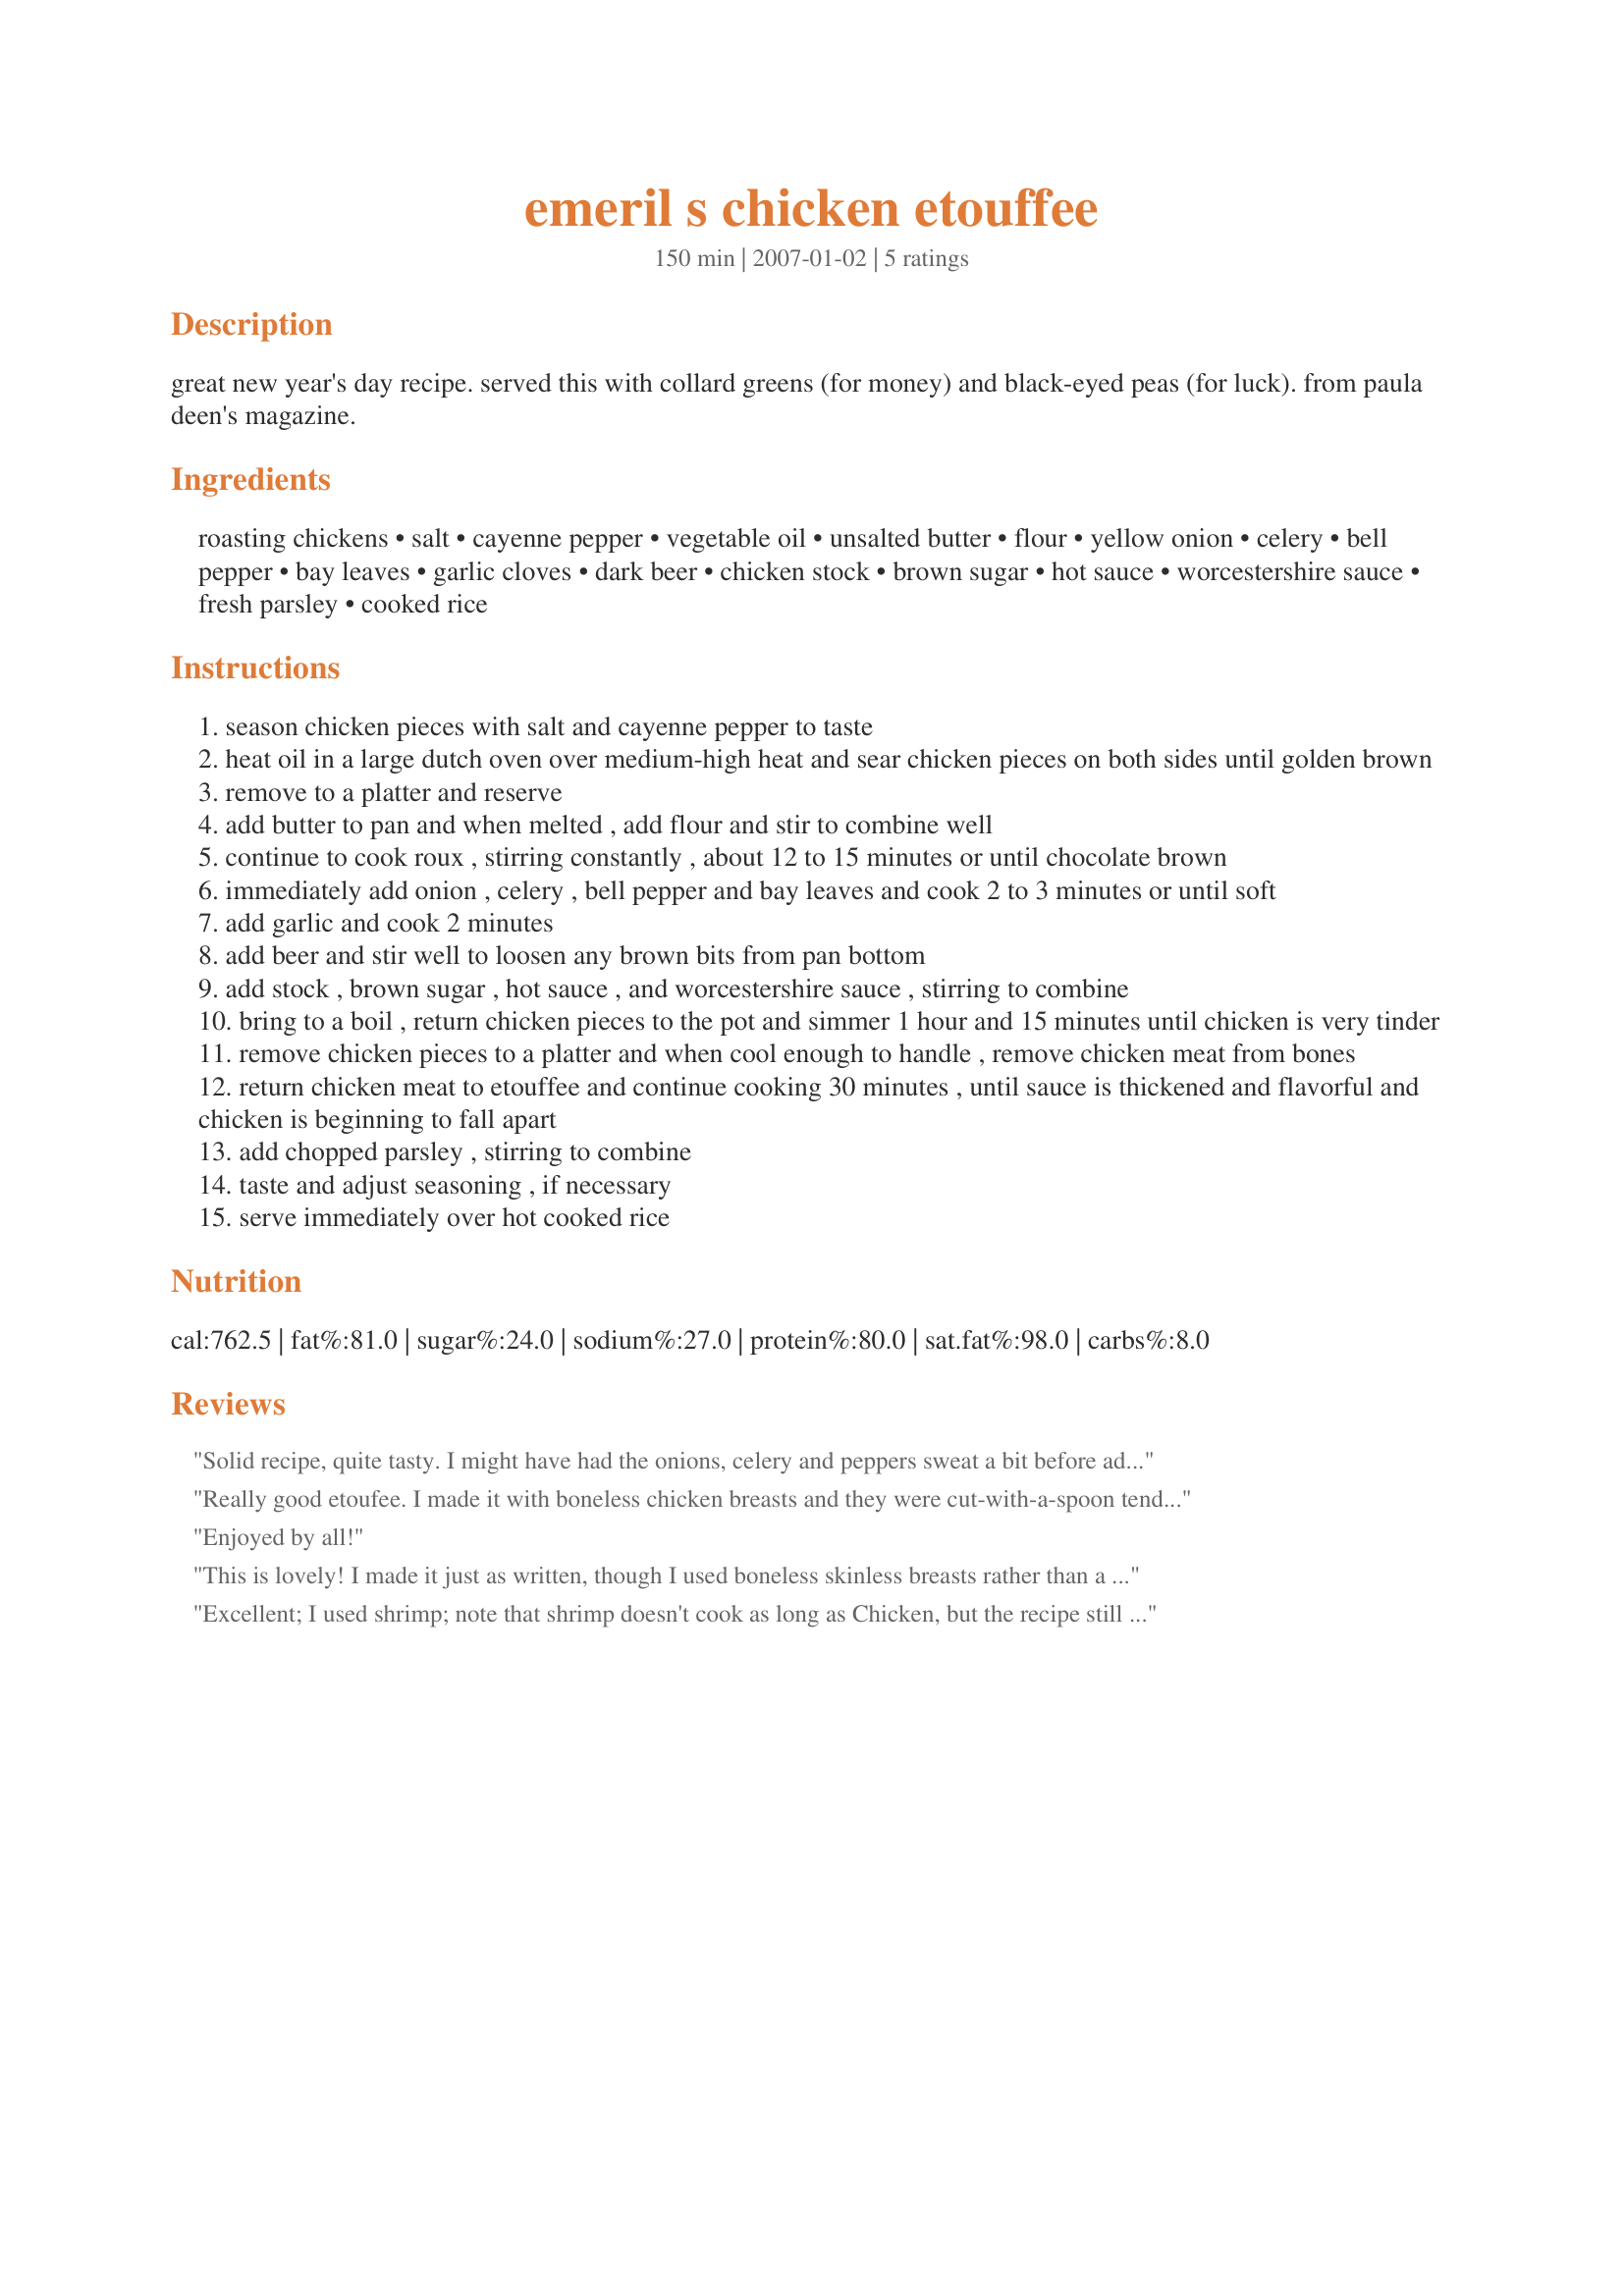
emeril s chicken etouffee
Preparation time: 150 minutes

great new year's day recipe. served this with collard greens (for money) and black-eyed peas (for luck). from paula deen's magazine.

Ingredients:
roasting chickens, salt, cayenne pepper, vegetable oil, unsalted butter, flour, yellow onion, celery, bell pepper, bay leaves, garlic cloves, dark beer, chicken stock, brown sugar, hot sauce, worcestershire sauce, fresh parsley, cooked rice

Steps:
season chicken pieces with salt and cayenne pepper to taste
heat oil in a large dutch oven over medium-high heat and sear chicken pieces on both sides until golden brown
remove to a platter and reserve
add butter to pan and when melted , add flour and stir to combine well
continue to cook roux , stirring constantly , about 12 to 15 minutes or until chocolate brown
immediately add onion , celery , bell pepper and bay leaves and cook 2 to 3 minutes or until soft
add garlic and cook 2 minutes
add beer and stir well to loosen any brown bits from pan bottom
add stock , brown sugar , hot sauce , and worcestershire sauce , stirring to combine
bring to a boil , return chicken pieces to the pot and simmer 1 hour and 15 minutes until chicken is very tinder
remove chicken pieces to a platter and when cool enough to handle , remove chicken meat from bones
return chicken meat to etouffee and continue cooking 30 minutes , until sauce is thickened and flavorful and chicken is beginning to fall apart
add chopped parsley , stirring to combine
taste and adjust seasoning , if necessary
serve immediately over hot cooked rice

Reviews:
Solid recipe, quite tasty. I might have had the onions, celery and peppers sweat a bit before addition to the roux, but delicious. I only added 1/2 the hot sauce in hopes the kids would eat it. Ingrates! More for me though ;)
Really good etoufee. I made it with boneless chicken breasts and they were cut-with-a-spoon tender. DH insisted I make this again with double the celery, onions and garlic. Thanks for sharing this great southern treat!
Enjoyed by all!
This is lovely! I made it just as written, though I used boneless skinless breasts rather than a whole chicken. I haven't done a lot of cooking with beer and was happy to find that the sauce didn't taste like beer to me - just had a nice rich flavor. The hot sauce makes it just nicely spicy - not over the top hot. Thanks for sharing!
Excellent; I used shrimp; note that shrimp doesn't cook as long as Chicken, but the recipe still works! Thanks!
